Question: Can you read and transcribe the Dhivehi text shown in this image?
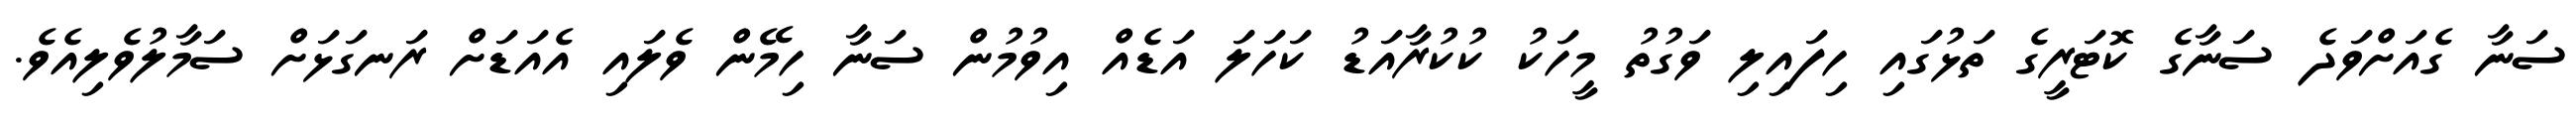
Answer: ސަނާ ގެއަށްވަދެ ސަނާގެ ކޮޓަރީގެ ތަޅުގައި ހިފައިލި ވަގުތު މީހަކު ކުކުރާއަޑު ކަހަލަ އަޑެއް އިވުމުން ސަނާ ހިމޭން ވެލައި އެއަޑަށް ރަނގަޅަށް ސަމާލުވެލިއެވެ.